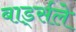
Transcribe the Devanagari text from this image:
बार्ड्सले